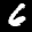
Label: 6